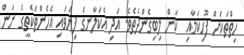
ހިތްތަކަށް ފޫހިކަމާއި  ކަން ލިބިގެންދެތެވެ. އަދި އެކަލާނގެ ފިޔަވައި އެހެންތަކެތީގެ ނަން